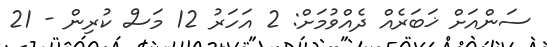
ސަންއަށް ޚަބަރެއް ދެއްވުމަށް: 2 އަހަރު 12 މަސް ކުރިން - 21